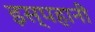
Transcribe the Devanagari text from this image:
इस्पहानी